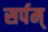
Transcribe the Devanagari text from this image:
सर्पम्